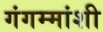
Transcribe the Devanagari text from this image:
गंगम्मांशी